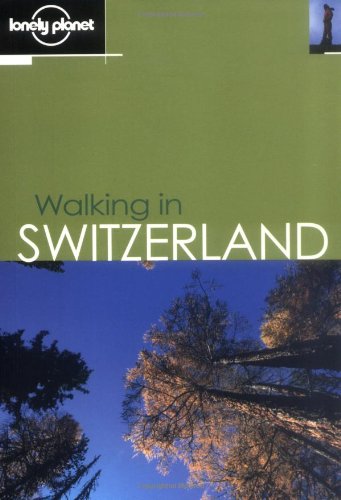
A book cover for Lonely Planet Walking in Switzerland; Clem Lindenmayer; Travel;